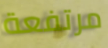
مرتفعة